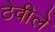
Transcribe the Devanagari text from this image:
ठेवीले